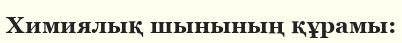
Химиялық шынының құрамы: